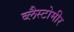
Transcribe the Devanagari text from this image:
ब्लैस्टोमीर